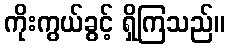
ကိုးကွယ်ခွင့် ရှိကြသည်။